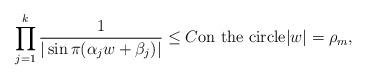
LaTeX: \begin{align*} \prod_{j=1}^k \dfrac{1}{|\sin \pi(\alpha_j w + \beta_j)|} \le C \mbox{on the circle} |w| = \rho_m, \end{align*}